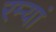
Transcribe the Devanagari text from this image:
रम्यां